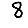
Digit: 8